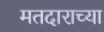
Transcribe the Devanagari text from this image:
मतदाराच्या